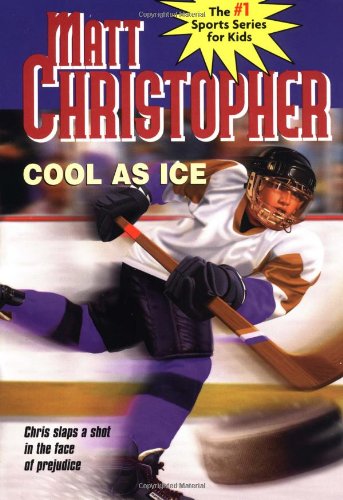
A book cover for Cool as Ice; Matt Christopher; Children's Books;